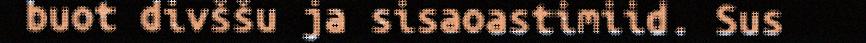
buot divššu ja sisaoastimiid. Sus